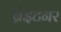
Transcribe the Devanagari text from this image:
ब्रेइटनर